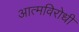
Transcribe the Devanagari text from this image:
आत्मविरोधी